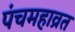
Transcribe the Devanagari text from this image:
पंचमहाव्रत